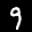
Label: 9